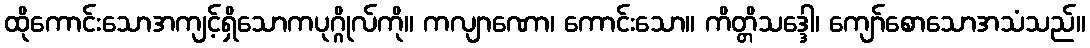
ထိုကောင်းသောအကျင့်ရှိသောကပုဂ္ဂိုလ်ကို။ ကလျာဏော၊ ကောင်းသော။ ကိတ္တိသဒ္ဒေါ၊ ကျော်စောသောအသံသည်။